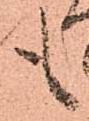
も